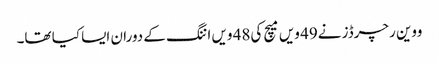
ووین رچرڈز نے49 ویں میچ کی48 ویں اننگ کے دوران ایسا کیا تھا۔